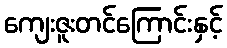
ကျေးဇူးတင်ကြောင်းနှင့်